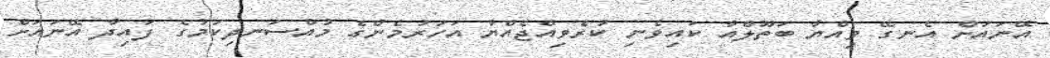
އޭނައަށް އެނގޭ ވިއްޔާ ބަތޫލްއާ ކައިވެނި ކުރެވިއްޖެއްޔާ އަހަރުމެންގެ މުއްސަނދިކަމުގެ ފައިދާ އޭނައަށް